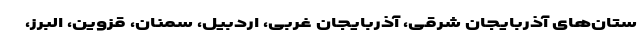
ستان‌های آذربایجان شرقی، آذربایجان غربی، اردبیل، سمنان، قزوین، البرز،